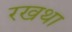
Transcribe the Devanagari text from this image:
रखथा